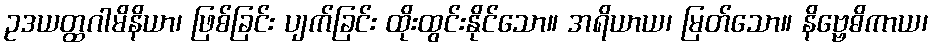
ဥဒယတ္ထဂါမိနိယာ၊ ဖြစ်ခြင်း ပျက်ခြင်း ထိုးထွင်းနိုင်သော။ အရိယာယ၊ မြတ်သော။ နိဗ္ဗေဓိကာယ၊